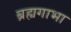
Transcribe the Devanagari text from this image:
ब्रह्यगाभा